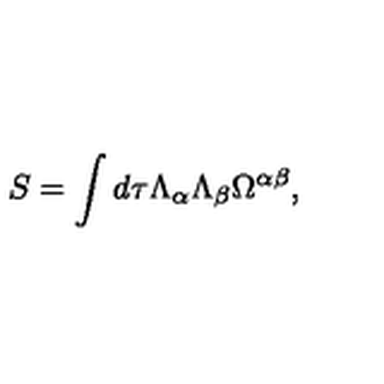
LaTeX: S = \int d \tau \Lambda _ { \alpha } \Lambda _ { \beta } \Omega ^ { \alpha \beta } ,